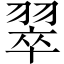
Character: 翠